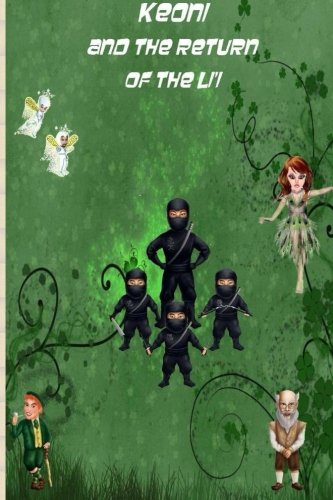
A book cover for Keoni and the Return of the Li'i (Keoni the Menehune) (Volume 3); Mr. Kupuna Kane; Parenting & Relationships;